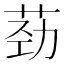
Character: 𫈎